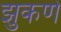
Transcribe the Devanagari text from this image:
झुकणे